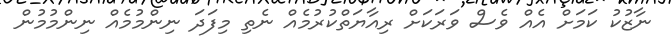
ނާޒުކު ކަމަށް އެއް ވެސް ވަރަކަށް ރިއާޔަތްކުރުމެއް ނެތި މިފަދަ ނިންމުމެއް ނިންމުމުން